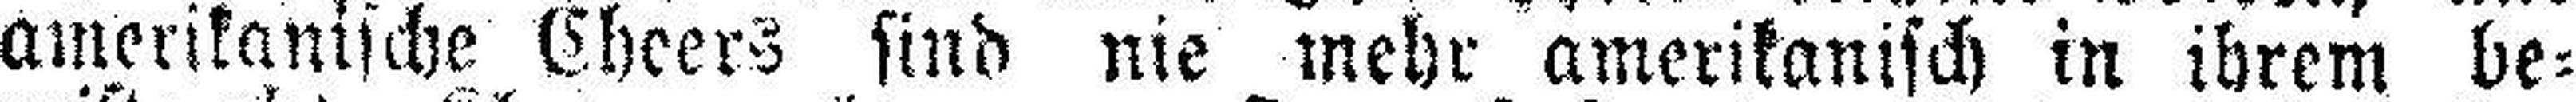
amerikanische Cheers sind nie mehr amerikanisch in ihrem be¬